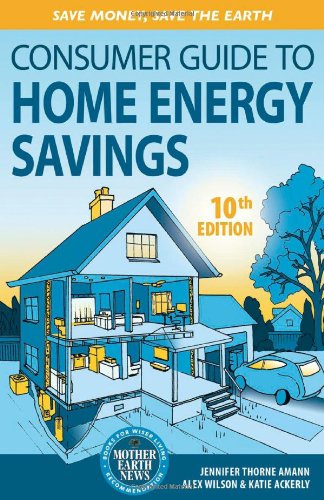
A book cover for Consumer Guide to Home Energy Savings: Save Money, Save the Earth; Jennifer Thorne Amann; Crafts, Hobbies & Home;